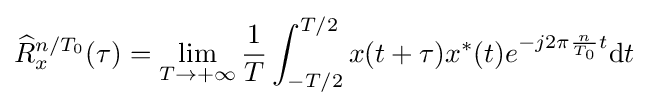
{\widehat {R}}_{x}^{n/T_{0}}(\tau )=\lim _{T\rightarrow +\infty }{\frac {1}{T}}\int _{-T/2}^{T/2}x(t+\tau )x^{*}(t)e^{-j2\pi {\frac {n}{T_{0}}}t}\mathrm {d} t